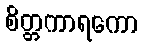
စိတ္တကာရကော